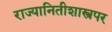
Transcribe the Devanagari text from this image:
राज्यानितीशास्त्रपर